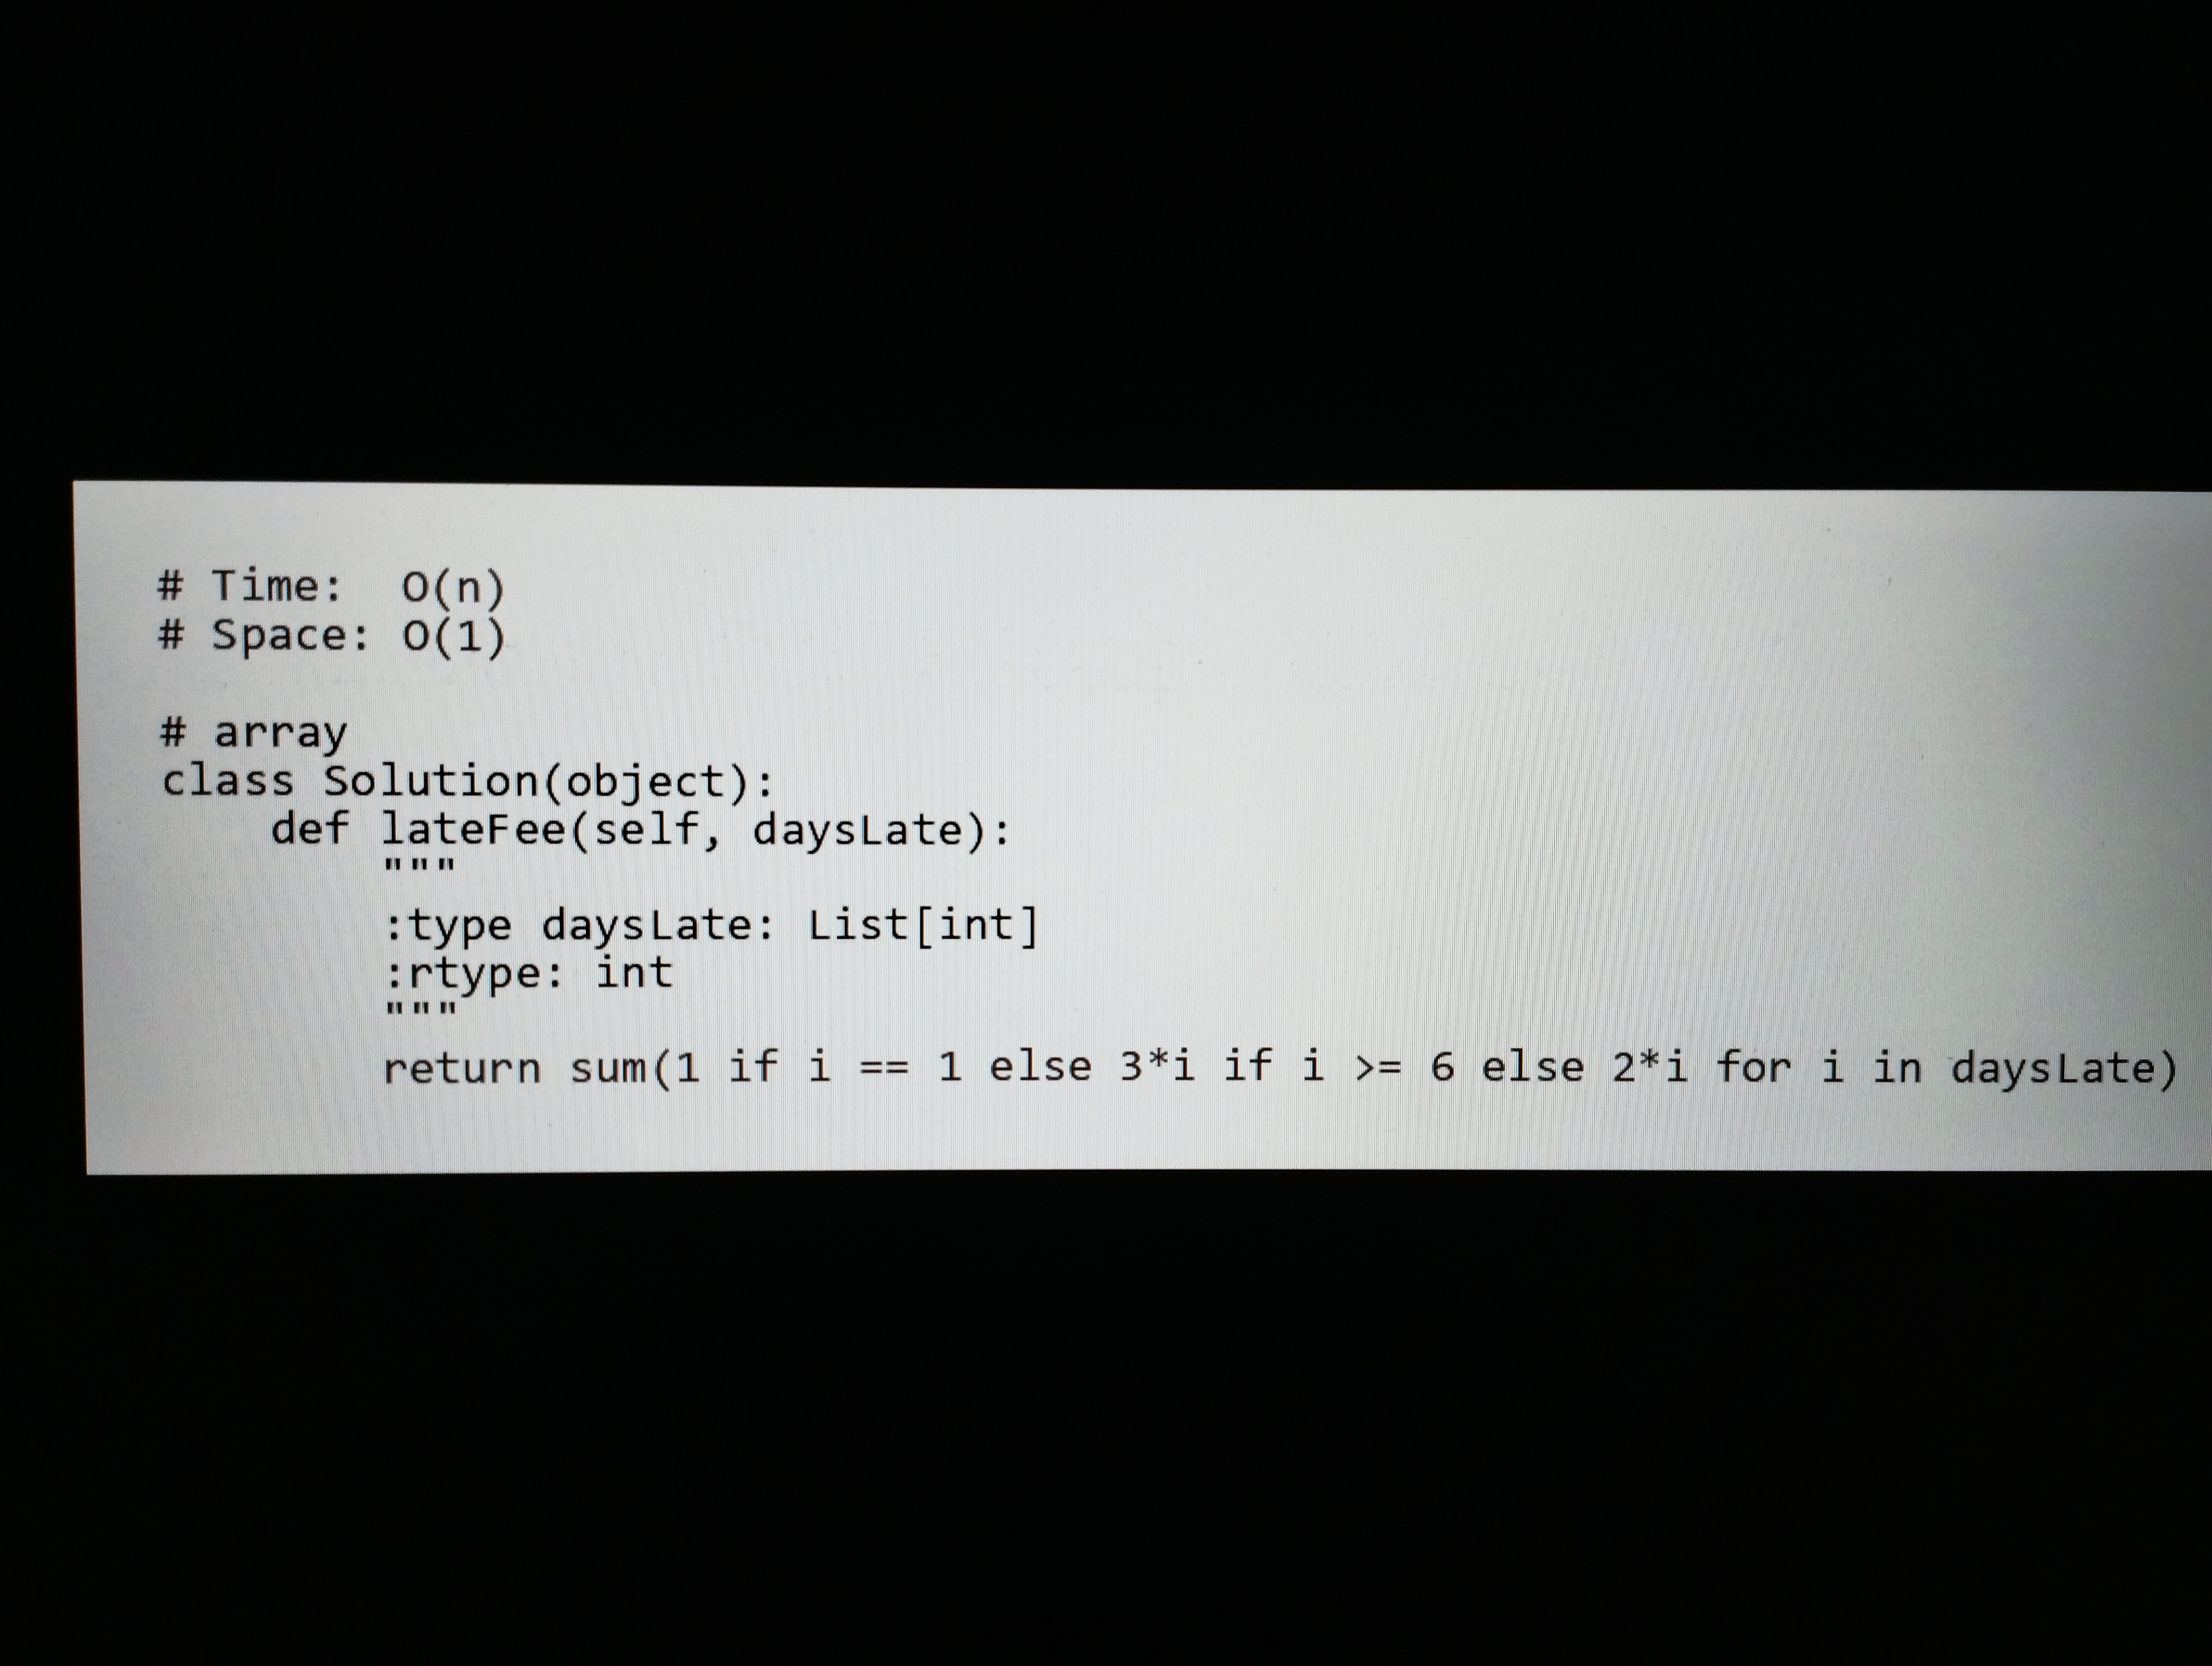
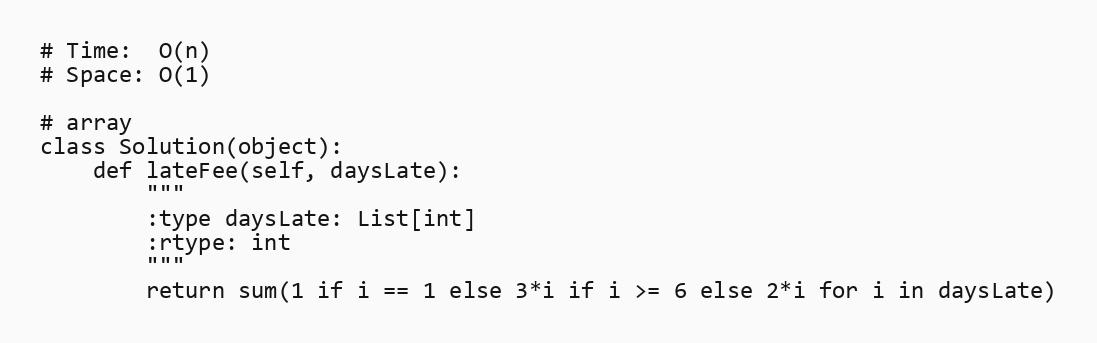
# Time:  O(n)
# Space: O(1)

# array
class Solution(object):
    def lateFee(self, daysLate):
        """
        :type daysLate: List[int]
        :rtype: int
        """
        return sum(1 if i == 1 else 3*i if i >= 6 else 2*i for i in daysLate)